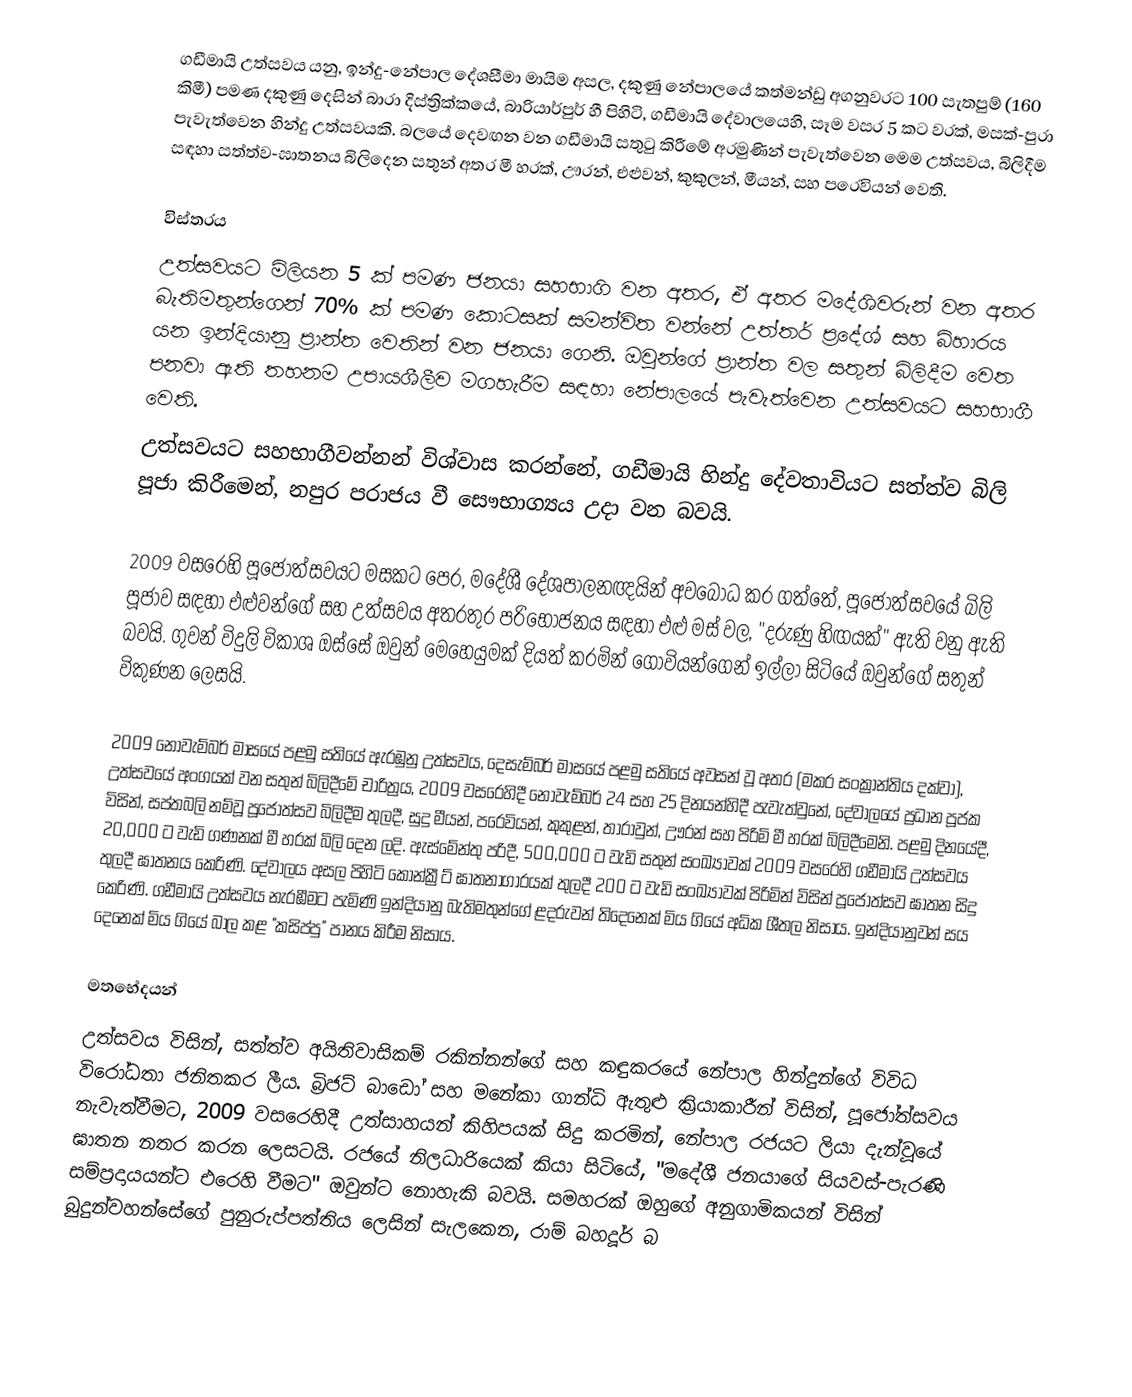
ගඩීමායි උත්සවය යනු, ඉන්දු-නේපාල දේශසීමා මායිම අසල, දකුණු නේපාලයේ කත්මන්ඩු  අගනුවරට 100 සැතපුම් (160 කිමී) පමණ දකුණු දෙසින්  බාරා දිස්ත්‍රික්කයේ, බාරියාර්පුර් හී පිහිටි, ගඩීමායි දේවාලයෙහි, සෑම වසර 5 කට වරක්, මසක්-පුරා  පැවැත්වෙන හින්දු උත්සවයකි. බලයේ දෙවඟන වන ගඩීමායි සතුටු කිරීමේ අරමුණින් පැවැත්වෙන මෙම උත්සවය, බිලිදීම සඳහා සත්ත්ව-ඝාතනය බිලිදෙන සතුන් අතර මී හරක්, ඌරන්, එළුවන්, කුකුලන්, මීයන්, සහ පරෙවියන් වෙති.

විස්තරය
උත්සවයට මිලියන 5 ක් පමණ ජනයා සහභාගි වන අතර, ඒ අතර මදේශිවරුන් වන අතර බැතිමතුන්ගෙන් 70% ක් පමණ කොටසක් සමන්විත වන්නේ  උත්තර් ප්‍රදේශ් සහ බිහාරය යන ඉන්දියානු ප්‍රාන්ත වෙතින් වන ජනයා ගෙනි. ඔවුන්ගේ ප්‍රාන්ත වල සතුන් බිලිදීම වෙත පනවා ඇති තහනම උපායශීලීව මගහැරීම සඳහා නේපාලයේ පැවැත්වෙන උත්සවයට සහභාගී වෙති.
උත්සවයට සහභාගීවන්නන් විශ්වාස කරන්නේ, ගඩීමායි හින්දු දේවතාවියට සත්ත්ව බිලි පූජා කිරීමෙන්, නපුර පරාජය වී සෞභාග්‍යය උදා වන බවයි.

2009 වසරෙහි පූජෝත්සවයට මසකට පෙර, මදේශී දේශපාලනඥයින් අවබෝධ කර ගත්තේ, පූජෝත්සවයේ බිලි පූජාව සඳහා එළුවන්ගේ සහ උත්සවය අතරතුර  පරිභෝජනය සඳහා  එළු මස් වල, "දරුණු  හිඟයක්"  ඇති වනු ඇති බවයි. ගුවන් විදුලි විකාශ ඔස්සේ ඔවුන් මෙහෙයුමක් දියත් කරමින් ගොවියන්ගෙන් ඉල්ලා සිටියේ ඔවුන්ගේ සතුන් විකුණන ලෙසයි.

2009 නොවැම්බර් මාසයේ පළමු සතියේ ඇරඹුනු උත්සවය,  දෙසැම්බර් මාසයේ පළමු සතියේ අවසන් වූ අතර (මකර සංක්‍රාන්තිය දක්වා), උත්සවයේ අංගයක් වන සතුන් බිලිදීමේ චාරිත්‍රය, 2009 වසරෙහිදී නොවැම්බර් 24 සහ 25 දිනයන්හිදී පැවැත්වුනේ, දේවාලයේ ප්‍රධාන පූජක විසින්, සප්තබලි නම්වූ පූජෝත්සව බිලිදීම තුලදී, සුදු මීයන්, පරෙවියන්, කුකුළන්, තාරාවුන්, ඌරන් සහ පිරිමි මී හරක් බිලිදීමෙනි. පළමු දිනයේදී, 20,000 ට වැඩි ගණනක් මී හරක් බිලි දෙන ලදි. ඇස්මේන්තු පරිදී, 500,000 ට වැඩි සතුන් සංඛ්‍යාවක් 2009 වසරෙහි ගඩීමායි උත්සවය තුලදී ඝාතනය කෙරිණි. දේවාලය අසල පිහිටි කොන්ක්‍රීට් ඝාතනාගාරයක් තුලදී 200 ට වැඩි සංඛ්‍යාවක් පිරිමින් විසින් පූජෝත්සව ඝාතන සිදු කෙරිණි. ගඩීමායි උත්සවය නැරඹීමට පැමිණි ඉන්දියානු බැතිමතුන්ගේ ළදරුවන් තිදෙනෙක් මිය ගියේ අධික ශීතල නිසාය. ඉන්දියානුවන් සය දෙනෙක් මිය ගියේ බාල කළ  "කසිප්පු" පානය කිරීම නිසාය.

මතභේදයන්
උත්සවය විසින්, සත්ත්ව අයිතිවාසිකම් රකින්නන්ගේ සහ කඳුකරයේ නේපාල හින්දුන්ගේ විවිධ විරෝධතා ජනිතකර ලීය. බ්‍රිජට් බාඩෝ සහ මනේකා ගාන්ධි ඇතුළු ක්‍රියාකාරීන් විසින්, පූජෝත්සවය නැවැත්වීමට, 2009 වසරෙහිදී උත්සාහයන් කිහිපයක් සිදු කරමින්, නේපාල රජයට ලියා දැන්වූයේ ඝාතන නතර කරන ලෙසටයි. රජයේ නිලධාරියෙක් කියා සිටියේ,  "මදේශී ජනයාගේ සියවස්-පැරණි සම්ප්‍රදායයන්ට එරෙහි වීමට" ඔවුන්ට නොහැකි බවයි. සමහරක් ඔහුගේ අනුගාමිකයන් විසින් බුදුන්වහන්සේගේ පුනුරුප්පත්තිය ලෙසින් සැලකෙන, රාම් බහදූර් බ